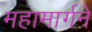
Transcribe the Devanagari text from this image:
महामार्गने